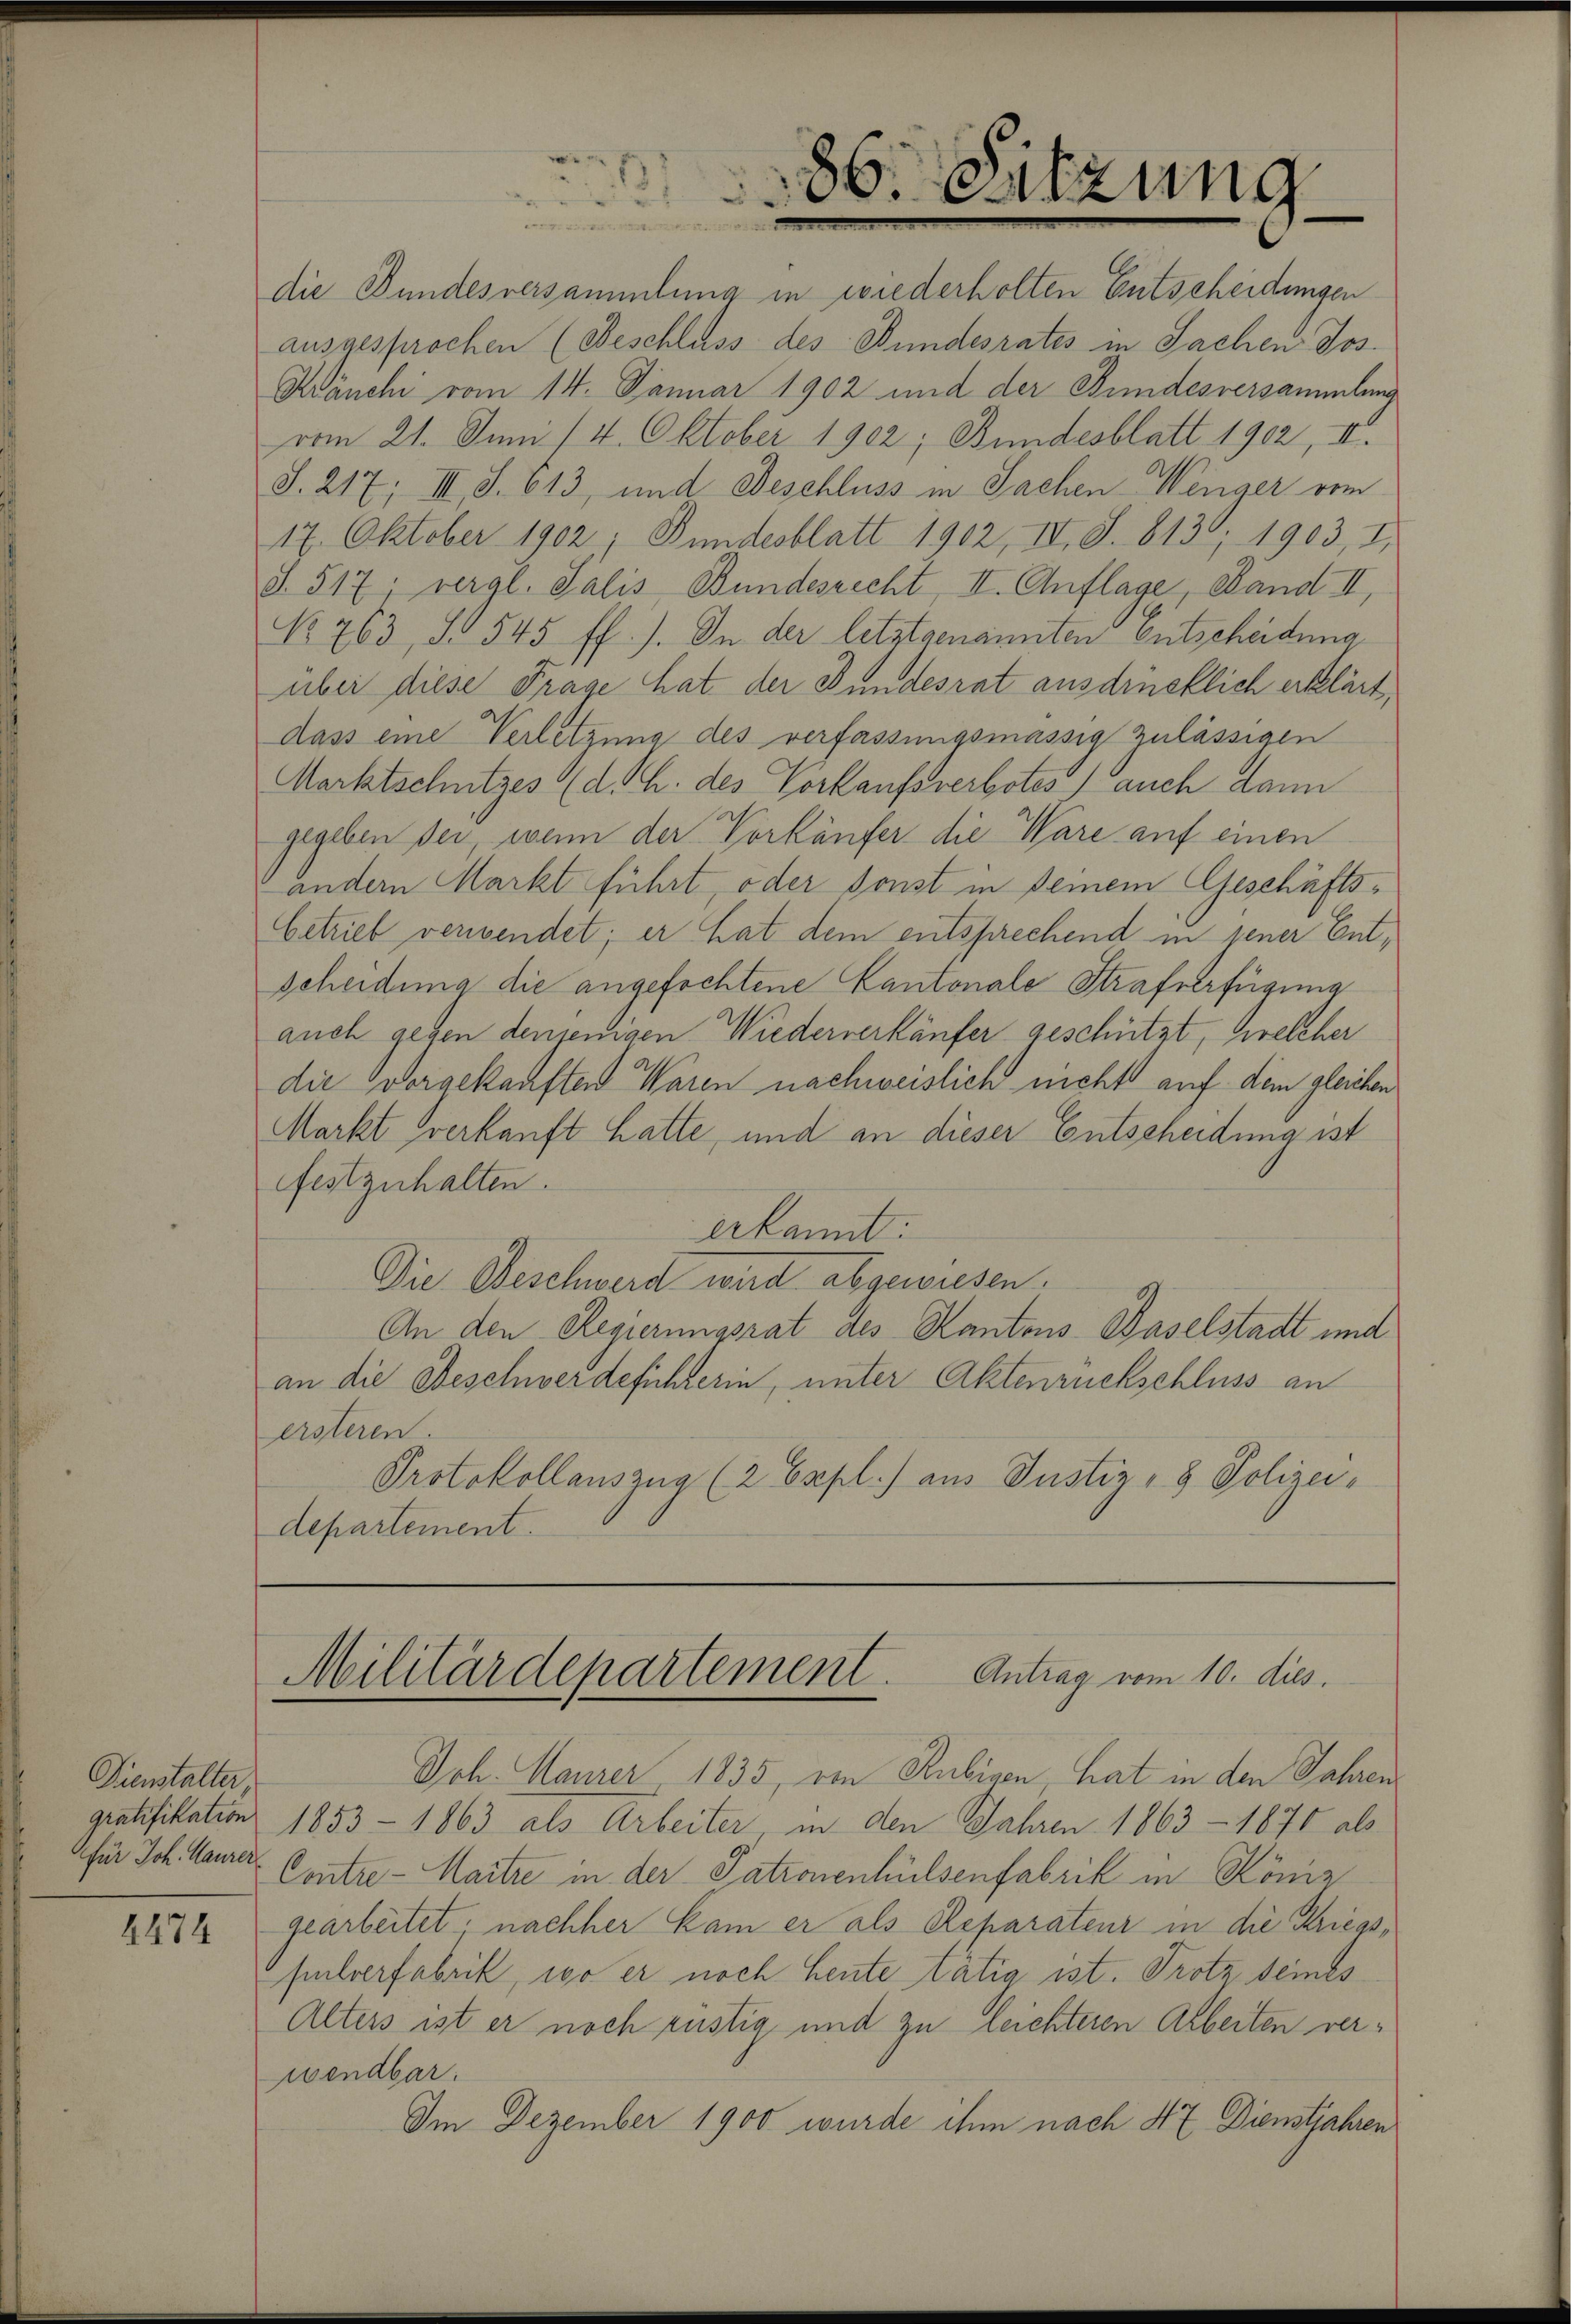
Dienstalter

4474

die Bundesversammlung in wiederholten Entscheidungen
ausgesprochen (Beschluss des Bundesrates in Sachen Jos.
Känchi vom 14. Januar 1902 und der Bundesversammlung
vom 21. Juni (4. Oktober 1902; Bundesblatt 1902, II.
S. 217; III S. 613, und Beschluss in Sachen Weiger vom
17. Oktober 1902. Bundesblatt 1902, IV, S. 813, 1903, I,
S. 517. vergl. Salis Bundesrecht, II. Auflage, Band II,
No 763, S. 545 ff.). In der letztgenannten entscheidung
über diese Frage hat der Bundesrat ausdrücklich erklärt,
dass eine Verletzung des verfassungsmässig zulässigen
Marktschutzes (d. h. des Vorkaufsverbotes auch dann
gegeben der, wenn der Vorkäufer die Ware auf einen
 andern Markt führt, oder sonst in seinem Geschäfts¬
Getrieb verwendet; er hat dem entsprechend in jener Entscheidung die angefochtene Cantonale Strafverfügung
auch gegen denjenigen Wiederverkäufer geschützt, welcher
die vorgekauften Waren nachweislich nicht auf dem gleichen
Markt verkauft hatte, und an dieser Entscheidung ist
Festzuhalten.
erkannt:
Die Beschwerd wird abgewiesen.
An den Regierungsrat des Kantons Baselstadt und
an die Beschwerdefühlerin, unter Aktenrückschluss an
ersteren.
Protokollauszug (2 Expl.) aus Justiz- & Polizei-
departement.

1

86. Sitzung
2

Militärdepartement. Antrag vom 10. dies.

Joh. Maurer 1835, von Rubigen, hat in den Jahren
gratifikation 1853 - 1863 als Arbeiter, in den Jahren 1863 - 1870 als
Afür Joh. Maurer Centre - Maitre in der Patronenhilsenfabrik in Köniz
gearbeitet; nachher kam er als Reparateur in die Kriegspulverfabrik, wo er noch heute tätig ist. Trotz seines
Alters ist er noch rüstig und zu leichteren Arbeiten verwendbar.
Im Dezember 1900 wurde ihm nach 4x Dienstjahren